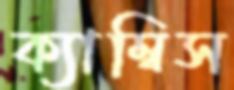
ক্যাম্বিস